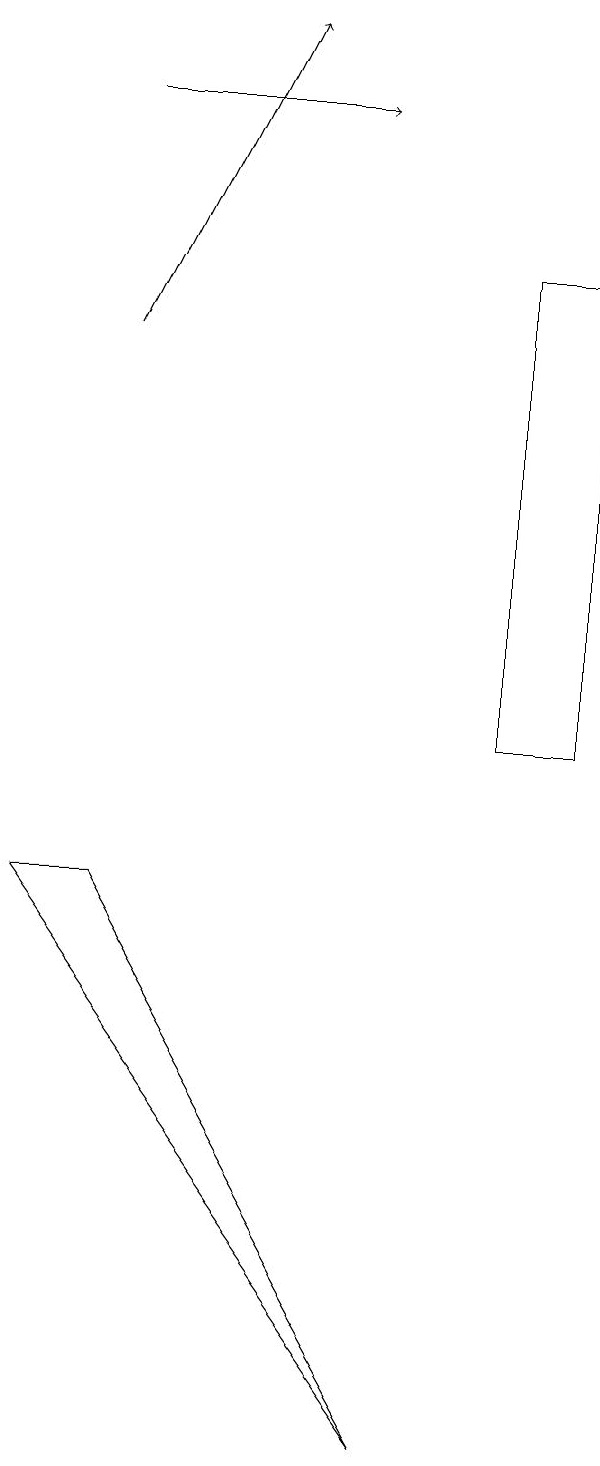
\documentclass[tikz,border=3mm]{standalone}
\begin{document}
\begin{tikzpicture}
\draw (9,10) rectangle (8,16);
\draw[->] (3,15) -- (5,19);
\draw (2,8) -- (7,1) -- (3,8) -- cycle;
\draw[->] (3,18) -- (6,18);
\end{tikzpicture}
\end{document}